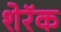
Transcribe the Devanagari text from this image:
शेरॅक